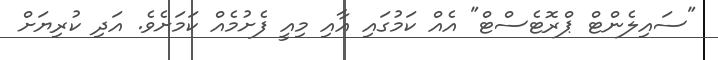
"ސައިލެންޓް ޕްރޮޓެސްޓް" އެއް ކަމުގައި އާއި މިއީ ފެށުމެއް ކަމަށެވެ. އަދި ކުރިޔަށް